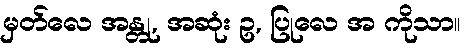
မှတ်လေ အန္တု, အဆုံး ဥ, ပြုလေ အ ကိုသာ။